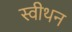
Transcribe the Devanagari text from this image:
स्वीथन